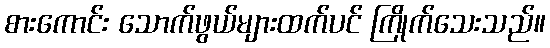
စားကောင်း သောက်ဖွယ်များထက်ပင် ကြိုက်သေးသည်။